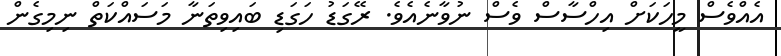
އެއްވެސް މީހަކަށް އިހްސާސް ވެސް ނުވާނެއެވެ. ރޭގަޑު ހަގަޑި ބައިވިތަނާ މަސައްކަތް ނިމިގެން